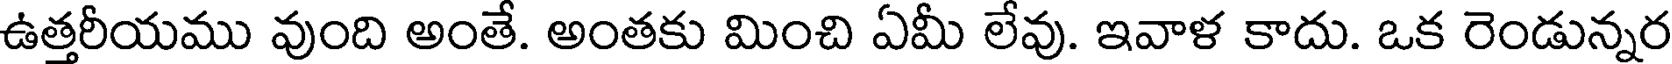
ఉత్తరీయము వుంది అంతే. అంతకు మించి ఏమీ లేవు. ఇవాళ కాదు. ఒక రెండున్నర